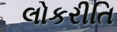
લોકરીતિ